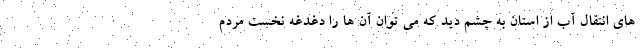
های انتقال آب از استان به چشم دید که می توان آن ها را دغدغه نخست مردم